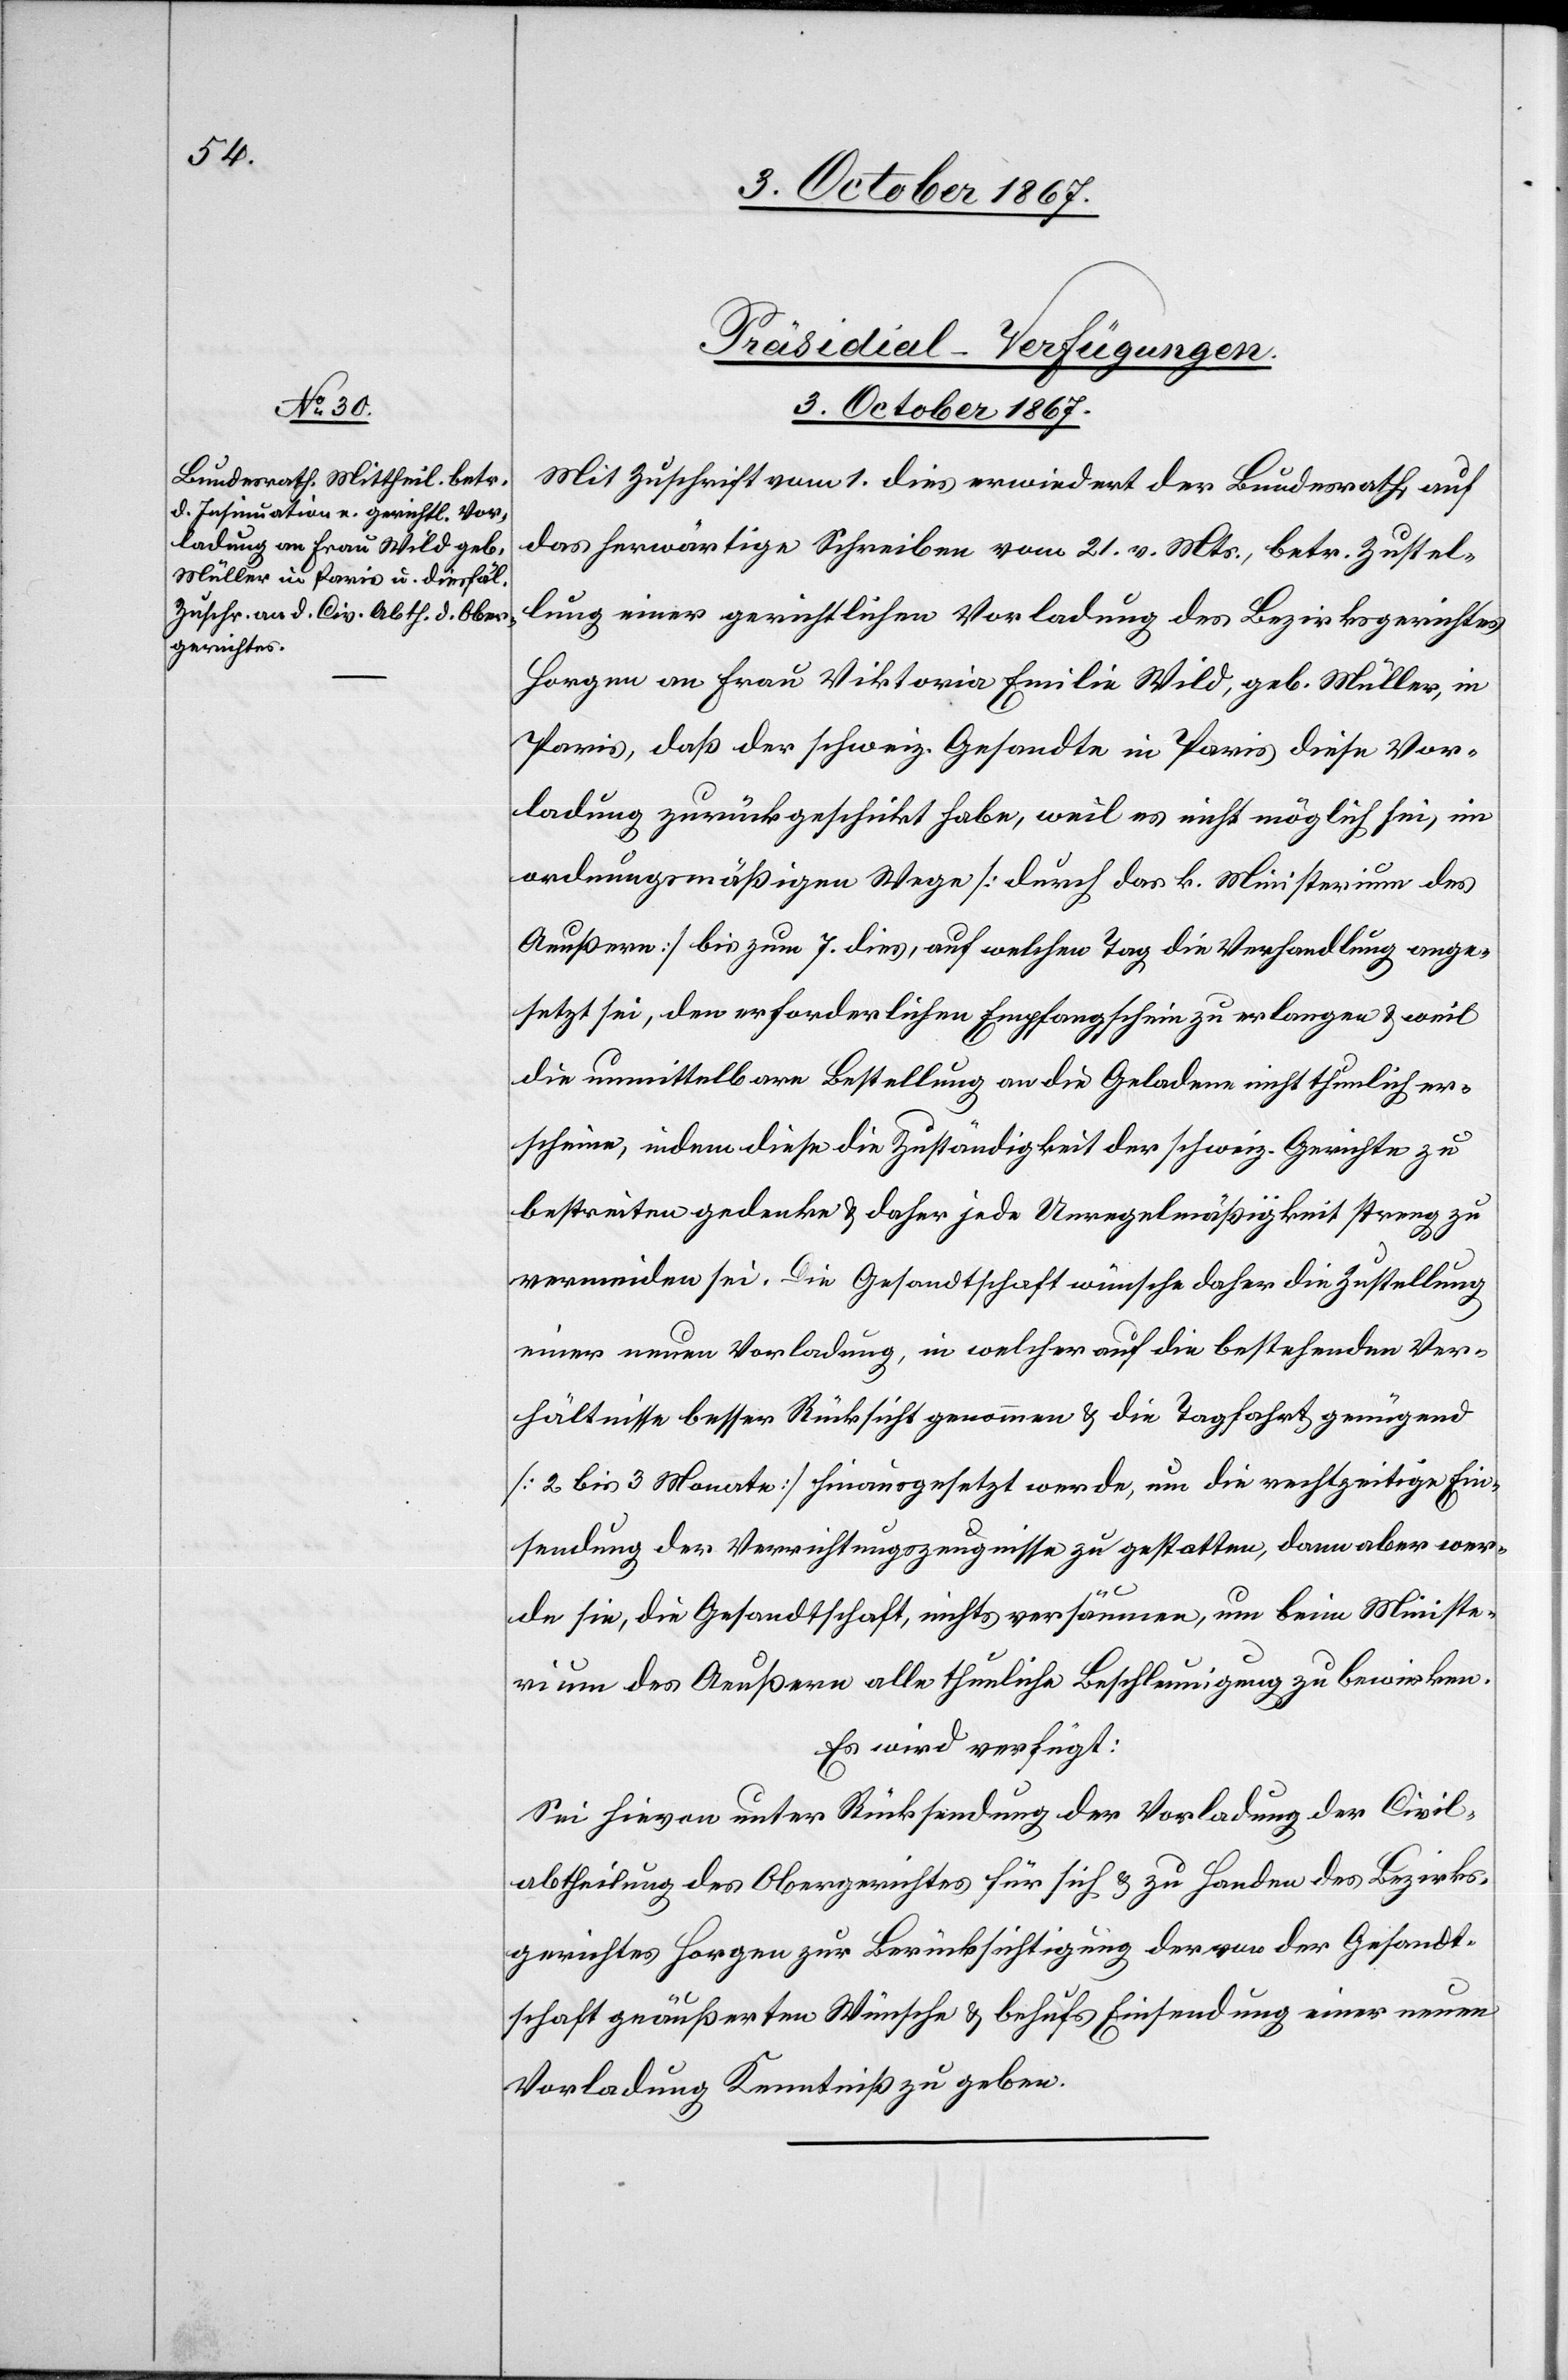
Präsidial-Verfügungen.
3. October 1867.
Mit Zuschrift vom 1. dies erwiedert der Bundesrath auf
das herwärtige Schreiben vom 21. v. Mts., betr. Zustel¬
lung einer gerichtlichen Vorladung des Bezirksgerichtes
Horgen an Frau Viktoria Emilie Wild, geb. Müller, in
Paris, daß der schweiz. Gesandte in Paris diese Vor¬
ladung zurückgeschickt habe, weil es nicht möglich sei, im
ordnungsmäßigen Wege [durch das k. Ministerium des
Aeußern] bis zum 7. dies, auf welchen Tag die Verhandlung ange¬
setzt sei, den erforderlichen Empfangschein zu erlangen u. weil
die unmittelbare Bestellung an die Geladene nicht thunlich er¬
scheine, indem diese die Zuständigkeit der schweiz. Gerichte zu
bestreiten gedenke u. daher jede Unregelmäßigkeit streng zu
vermeiden sei. Die Gesandtschaft wünsche daher die Zustellung
einer neuen Vorladung, in welcher auf die bestehenden Ver¬
hältnisse besser Rücksicht genommen u. die Tagfahrt genügend
[2 bis 3 Monate] hinausgesetzt werde, um die rechtzeitige Ein¬
sendung der Verrichtungszeugnisse zu gestatten, dann aber wer¬
de sie, die Gesandtschaft, nichts versäumen, um beim Ministe¬
rium des Aeußern alle tunliche Beschleunigung zu bewirken.
Es wird verfügt:
Sei hievon unter Rücksendung der Vorladung die Civil¬
abtheilung des Obergerichtes für sich u. zu Handen des Bezirks¬
gerichtes Horgen zur Berücksichtigung der von der Gesandt¬
schaft geäußerten Wünsche u. behufs Einsendung einer neuen
Vorladung Kenntniß zu geben.